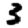
Digit: 3